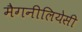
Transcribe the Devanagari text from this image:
मैगनीलियेसी